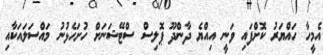
އެމީހާ ހައްޔަރު ކޮށްފައި ވަނީ އިއްޔެ ދާންދޫ ޕޮލިސް ސްޓޭޝަނަށް ހުށަހެޅުނު މައްސަލައަކާއި